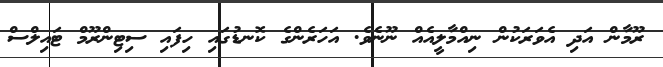
ރޫމާން އަދި އެވަރަކުން ނިއްމާލީއެއް ނޫނެވެ. އަހަރެންގެ ކޮނޑުގައި ހިފައި ސިޓިންރޫމް ޓައިލްސް